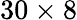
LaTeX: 30\times 8